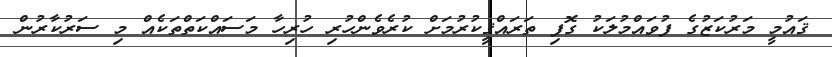
ޤައުމީ މަރުކަޒުގެ ފުވައްމުލަކު ގޮފި ތަރައްޤީކުރުމަށް ކުރެވެންހުރި ހުރިހާ މަސައްކަތްތަކެއް މި ސަރުކާރުން